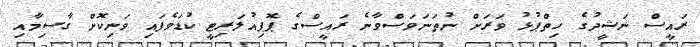
ރައީސް ނަޝީދުގެ ހިތްޕުޅު ވަރަށް ނުތަނަވަސްވާނެ ރައީސްގެ ޕޮޕިއުލަރިޓީ ކުޑަވެފައި ވަނިކޮށް ގާސިމާއި